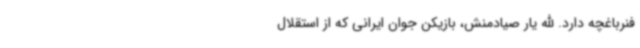
فنرباغچه دارد. الله یار صیادمنش، بازیکن جوان ایرانی که از استقلال